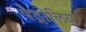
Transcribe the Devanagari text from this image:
पेट्रोलिय